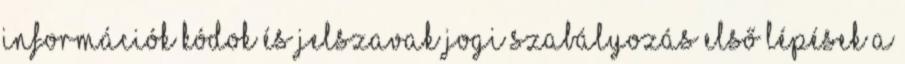
információk Kódok és jelszavak Jogi szabályozás Első lépések A